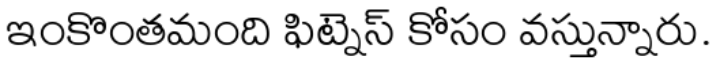
ఇంకొంతమంది ఫిట్నెస్ కోసం వస్తున్నారు.